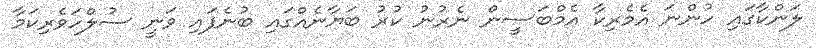
ލަންކާގައި ހުންނަ އެމެރިކާ އެމްބަސީން ނެރުނު ކުރު ބަޔާނެއްގައި ބުނެފައި ވަނީ ސުލްހަވެރިކަމާ